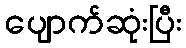
ပျောက်ဆုံးပြီး